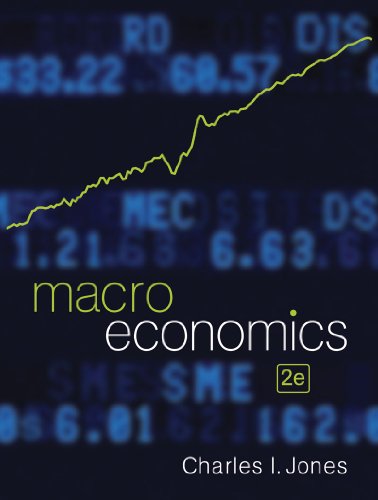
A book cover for Macroeconomics (Second Edition); Charles I. Jones; Business & Money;